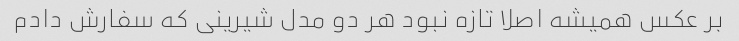
بر عکس همیشه اصلا تازه نبود هر دو مدل شیرینی که سفارش دادم